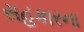
સહકારના